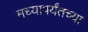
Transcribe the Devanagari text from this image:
मध्यापर्यंतच्या